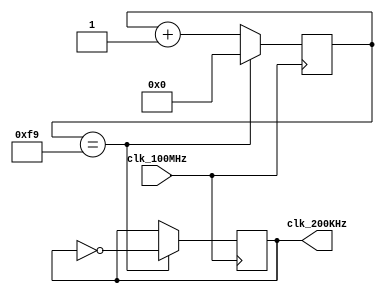
`timescale 1ns / 1ps

module clkgen_200KHz(
    input clk_100MHz, //input 100MHz clock signal
    output clk_200KHz //generated output 200KHz clock signal
    );
    
    // 100 x 10^6 / 200 x 10^3 / 2 = 250 <-- 8 bit counter
    reg [7:0] counter = 8'h00; //hexadecimal value - 8'b0 in binary - 0 value
    reg clk_reg = 1'b1; // 1 bit initialized as 1
    
    always @(posedge clk_100MHz) begin
        if(counter == 249) begin //if a cycle for the 200kHz clock is completed
            counter <= 8'h00; //reset counter
            clk_reg <= ~clk_reg; //inverting to high/low logic level for output
        end
        else
            counter <= counter + 1; //incrementing by 1
    end
    
    assign clk_200KHz = clk_reg; //assign the state of the output signal (1 or 0)
    
endmodule